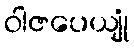
ဝါဇပေယျုံ